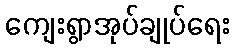
ကျေးရွာအုပ်ချုပ်ရေး